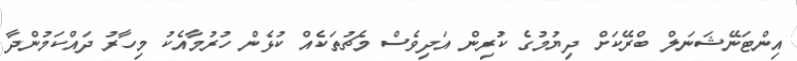
އިންޓަނޭޝަނަލް ބްރޭކަށް ދިޔުމުގެ ކުރިން އަދިވެސް މެޗުތަކެއް ކުޅެން ހުރުމާއެކު މިހާރު ދައްކަމުންދާ